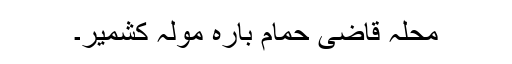
محلہ قاضی حمام بارہ مولہ کشمیر۔